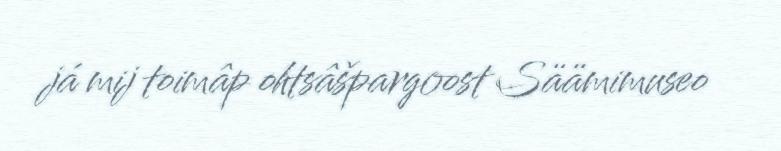
já mij toimâp ohtsâšpargoost Säämimuseo